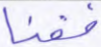
فقنا